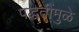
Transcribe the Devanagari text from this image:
पद्धतींमुळे